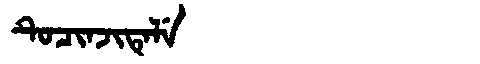
Manchu: ᡨᡠᠴᡳᠨᠵᡳᡨᡝᠯᡝ
Romanization: TUCINJITELE